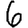
Digit: 6